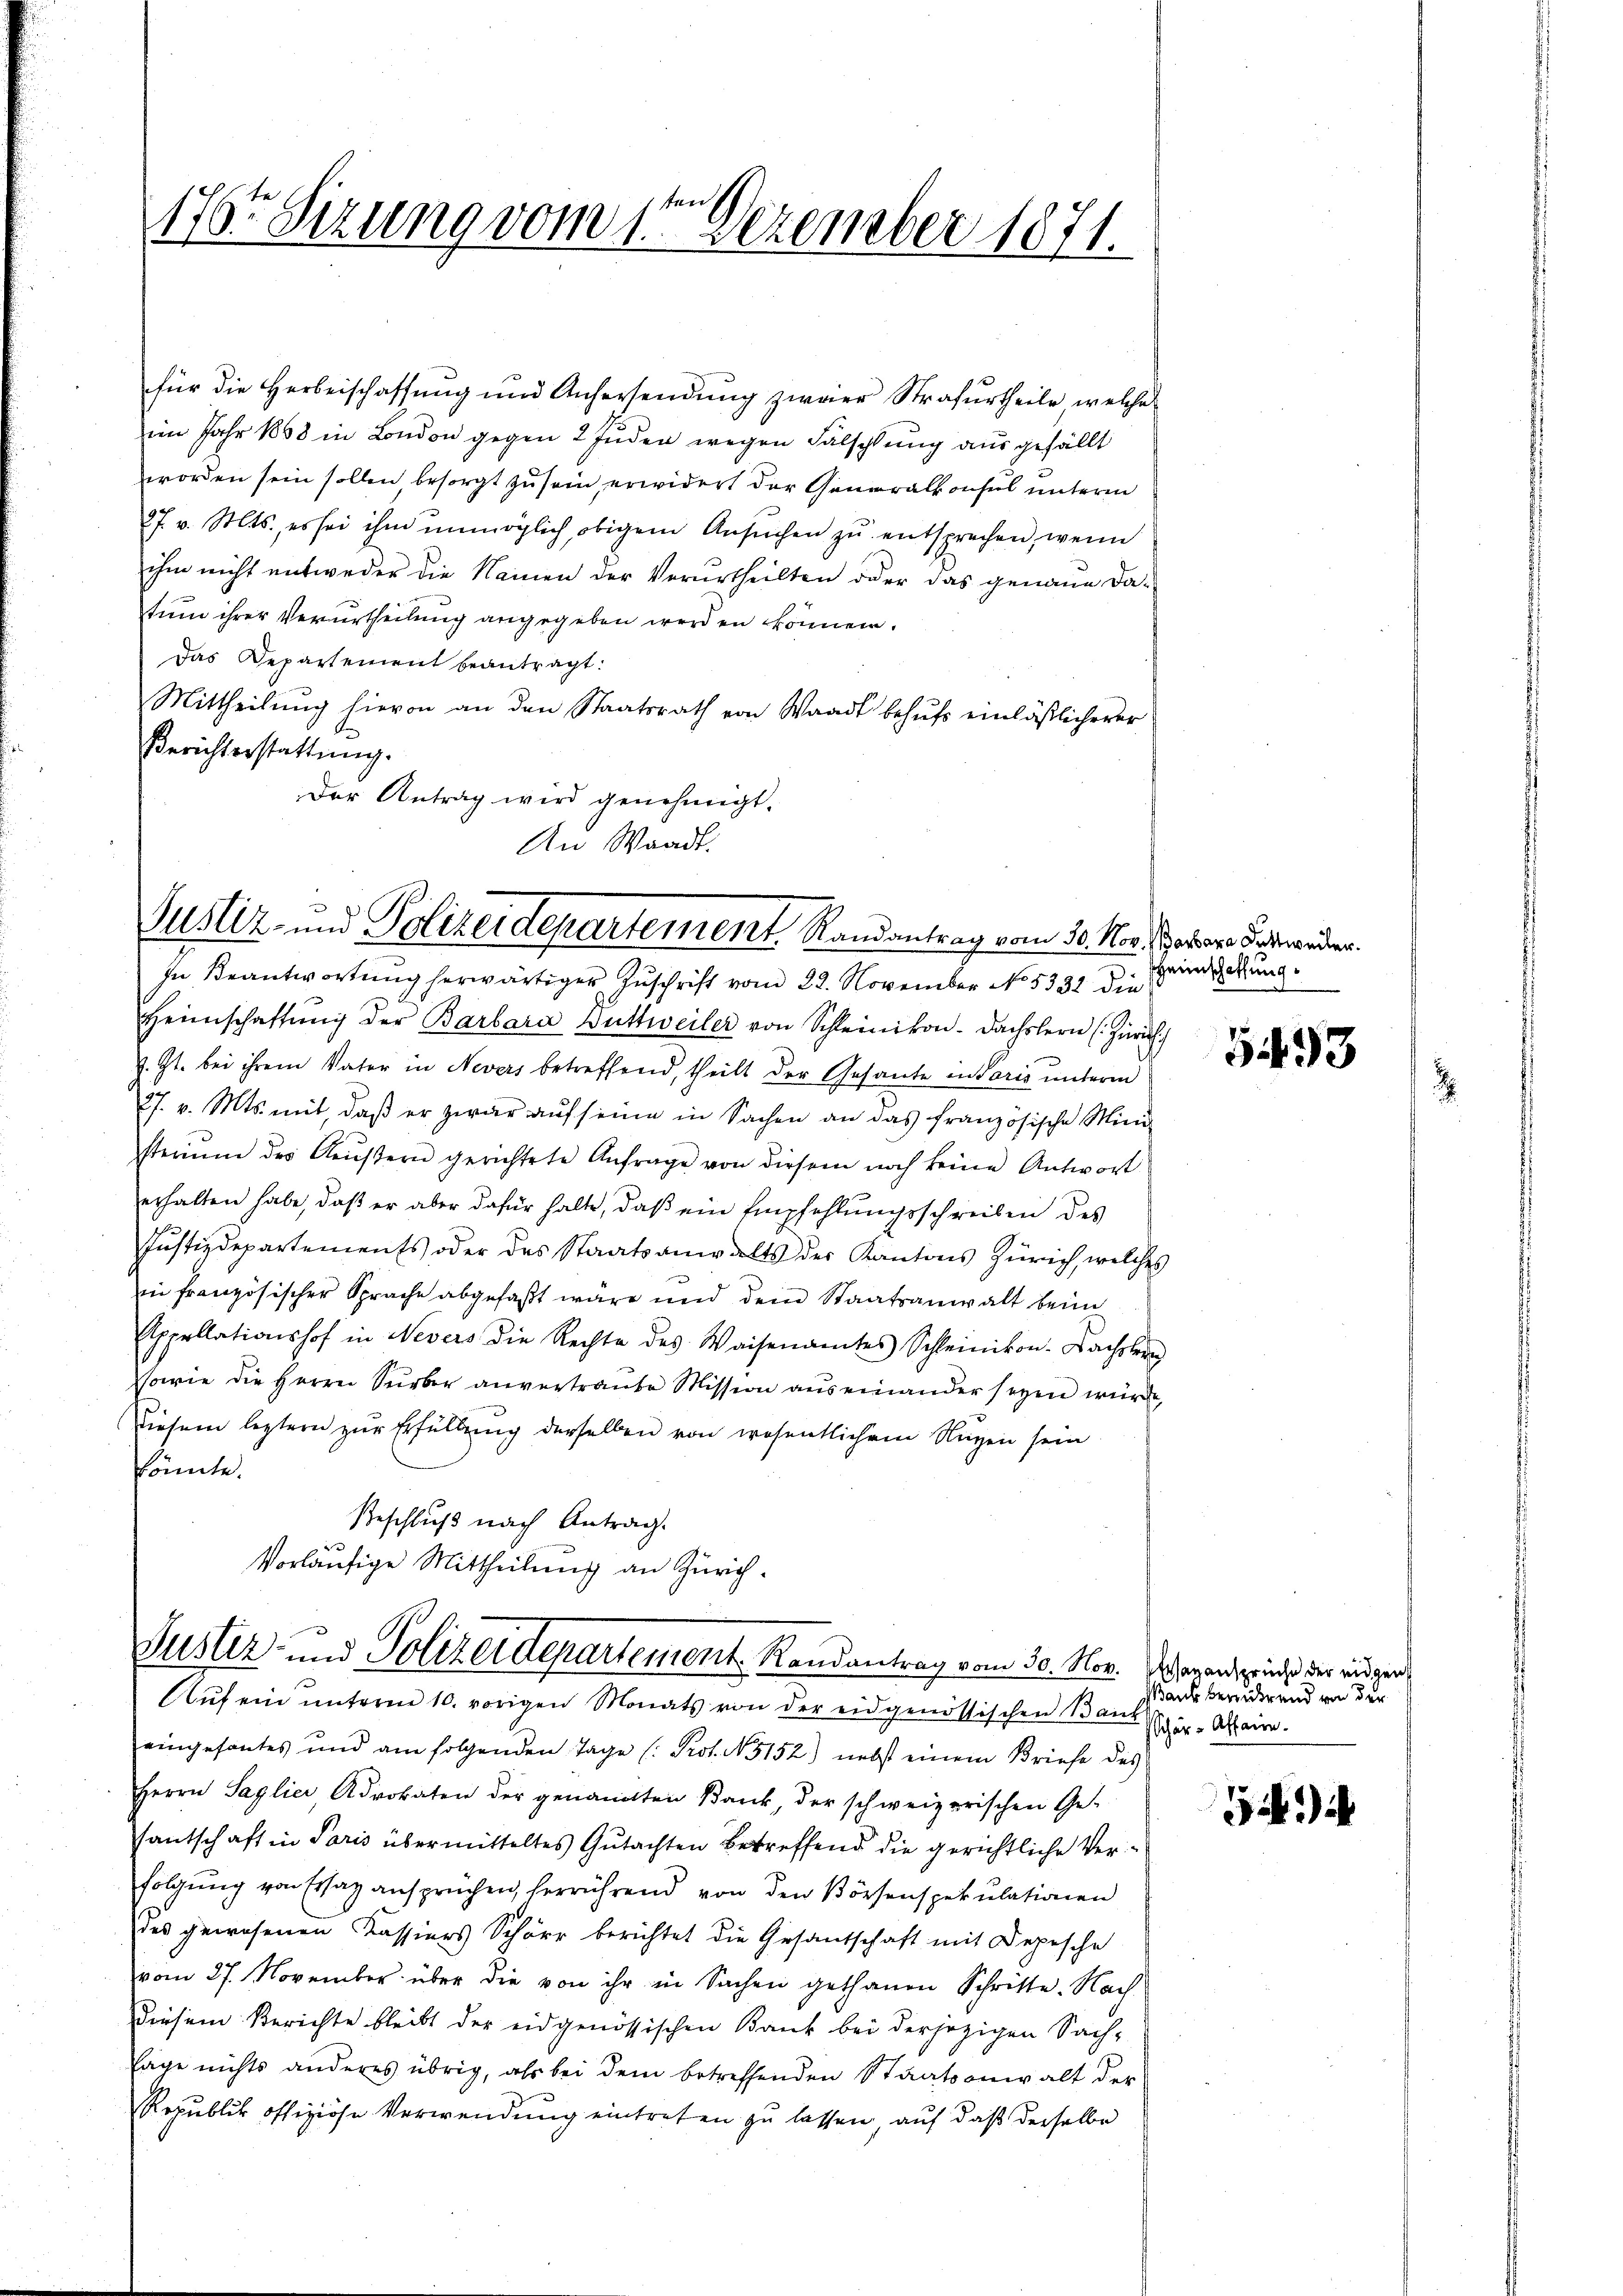
2
7t Sizung vom 1. Dezember 1871.

für die Herbeischaffung und Anhersendung zweier Strafurtheile, welche
im Jahr 1868 in London gegen 2 Juden wegen Fälschlung aus gefällt
worden sein sollen besorgt zu sein, erwidert der Generalkonsul unterm
27. v. Mts., es sei ihm unmöglich, obigem Ansŭchen zŭ entsprechen, wenn
ihm nicht entweder die Namen der Verurtheilten oder das genaue datum ihrer Verurtheilung angegeben werden können.
Das Departement beantragt:
Mittheilung hievon an den Staatsrath von Waadt behufs einläßlicherer
Berichterstattung.
Der Antrag wird genehmigt.
An Waadt.

Justiz- und Polizeidepartement Randantrag vom 30. Nov. (oder Bewandern.

In Beantwortung herwärtiger Zuschrift vom 22. November No. 5332 die
Heimschaffŭng der Barbara Duttweiler von Schleinikon. Dachslern (Zürich
z. Zt. bei ihrem Vater in Nevers betreffend, theilt der Gesante in Paris ŭnterm
27. v. Mts. mit, daβ er zwar aŭf seine in Sachen an das französische Mini-
sterium des Aeŭβern gerichtete Anfrage von diesem noch keine Antwort
erhalten habe, daß er aber dafür halte, daß ein Empfehlungsschreiben des
Justizdepartements oder des Staatsanwalts der Kantons Zürich, welches
in französischer Sprache abgefaßt wäre und dem Staatsanwalt beim
Appellationshof in Nevers die Rechte des Waisenamtes Schleinikon-Nachsler
sowie die Herrn Serber anvertraute Mission auseinander seyen würde,
Diesem leztern zŭr Erfüllung derselben von wesentlichem Nuzen sein
könnte.
Geschluß nach Antrag.
vorläufige Mittheilung an Zürich.
Justiz- und Polizeidepartement Randantrag vom 30. Nov.
Aŭf ein unterm 10. vorigen Monats von der eidgenössischen Bank er-Affaire.
eingesantes und am folgenden Tage (: Prot. N. 5152) nebst einem Briefe des
Herrn Saglier, Advokaten der genannten Bank, der schweizerischen Ge-
santschaft in Paris übermitteltes Gutachten Betreffend die gerichtliche Verfolgung von Ersaz ansprüchen, herrührend von den Börsenspekulationen
des gewesenen Kassiers Schörr berichtet die Gesantschaft mit Depesche
vom 27. November über die von ihr in Sachen gethanen Schritte. Nach
diesem Berichte bleibt der eidgenössischen Bank bei derjezigen Sach-
Tage nichts anderes übrig, als bei dem betreffenden Staatsanwalt der
Republik offiziöse Verwendung eintreten zu lassen, auf daß derselbe

Heimschaffung

5493

Esazansprüche der eidgen
Wank bereicherend von der

)